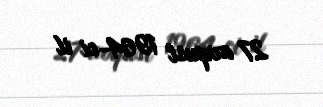
27 avqust 1964-ci il